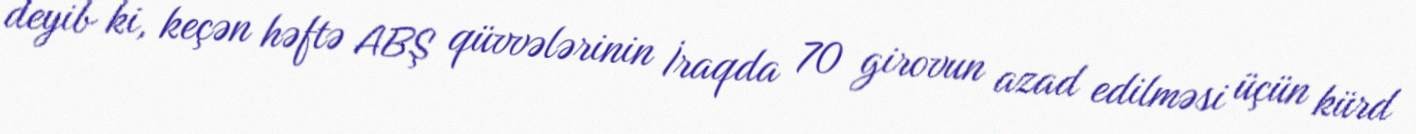
deyib ki, keçən həftə ABŞ qüvvələrinin İraqda 70 girovun azad edilməsi üçün kürd